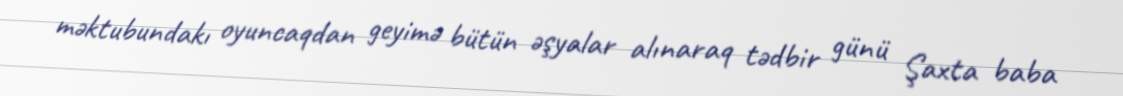
məktubundakı oyuncaqdan geyimə bütün əşyalar alınaraq tədbir günü Şaxta baba